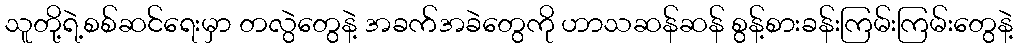
သူတို့ရဲ့စစ်ဆင်ရေးမှာ တလွဲတွေနဲ့ အခက်အခဲတွေကို ဟာသဆန်ဆန် စွန့်စားခန်းကြမ်းကြမ်းတွေနဲ့